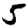
Digit: 5